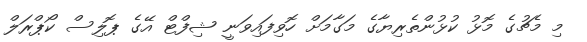
މި މެޗުގެ މޮޅު ކުޅުންތެރިޔާގެ މަގާމަށް ހޮވިފައިވަނީ ޝިފްޓް އޭގެ ޕޮލިސް ކޯޕްރަލް